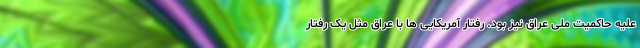
علیه حاکمیت ملی عراق نیز بود. رفتار آمریکایی ها با عراق مثل یک رفتار